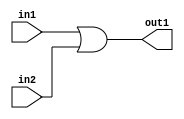
`timescale 1ns / 1ps
//////////////////////////////////////////////////////////////////////////////////
// Company: 
// Engineer: 
// 
// Design Name: 
// Module Name: OR1bit
// Project Name: 
// Target Devices: 
// Tool Versions: 
// Description: 
// 
// Dependencies: 
// 
// Revision:
// Revision 0.01 - File Created
// Additional Comments:
// 
//////////////////////////////////////////////////////////////////////////////////


module OR1bit(out1,in1,in2);

input in1;
input in2;

output out1;

or or1(out1,in1,in2);

endmodule